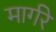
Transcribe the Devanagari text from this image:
मार्गरे